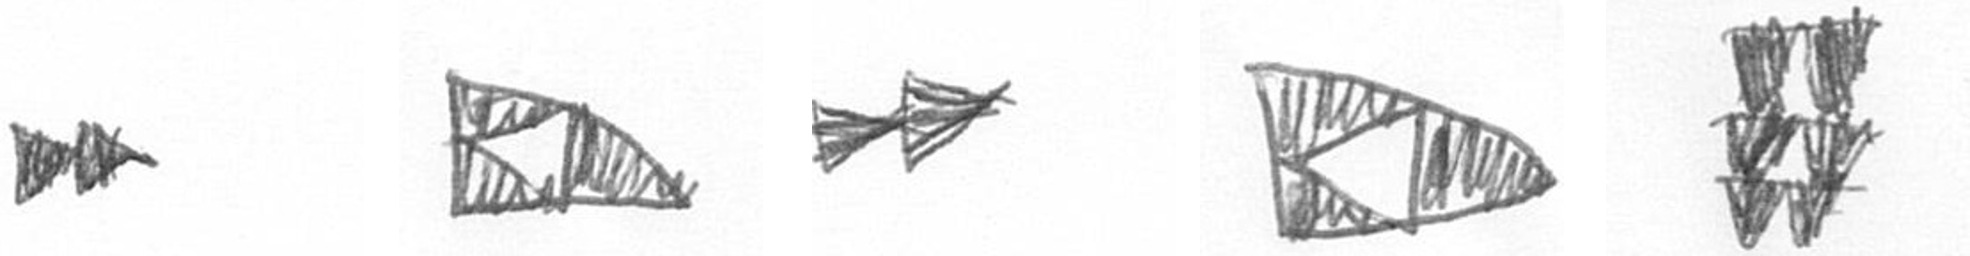
A K A K Y